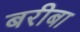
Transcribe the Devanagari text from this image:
बरीबा